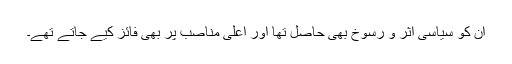
ان کو سیاسی اثر و رسوخ بھی حاصل تھا اور اعلیٰ مناصب پر بھی فائز کیے جاتے تھے۔